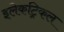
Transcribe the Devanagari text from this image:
इलेकट्रिकल